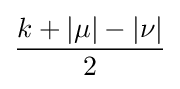
{\frac {k+|\mu |-|\nu |}{2}}